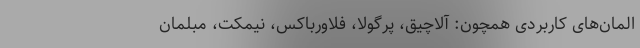
المان‌های کاربردی همچون: آلاچیق، پرگولا، فلاورباکس، نیمکت، مبلمان